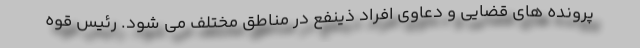
پرونده های قضایی و دعاوی افراد ذینفع در مناطق مختلف می شود. رئیس قوه